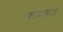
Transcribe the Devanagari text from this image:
नारायणपन्न